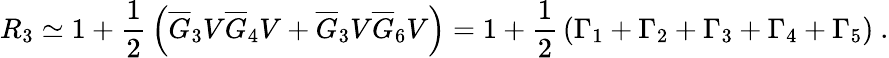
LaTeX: R_{3}\simeq 1+{\frac{1}{2}}\left(\overline{{G}}_{3}V\overline{{G}}_{4}V+\overline{{G}}_{3}V\overline{{G}}_{6}V\right)=1+{\frac{1}{2}}\left(\Gamma_{1}+\Gamma_{2}+\Gamma_{3}+\Gamma_{4}+\Gamma_{5}\right)\ .